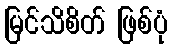
မြင်သိစိတ် ဖြစ်ပုံ